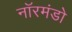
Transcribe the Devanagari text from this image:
नॉरमंडो